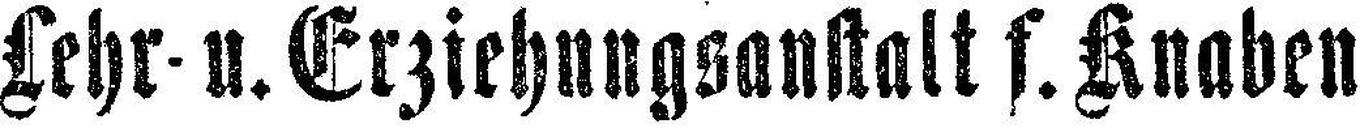
Lehr- u. Erziehungsanstalt f. Knaben